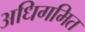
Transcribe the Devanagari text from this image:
अधिगमित